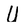
Character: U